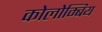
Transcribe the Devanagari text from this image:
कोलोम्बिय